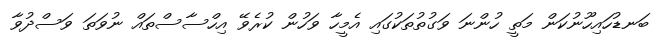
ބަނޑުހައިހޫނުކަން މަތީ ހުންނަ ވަގުތުތަކުގައި އެމީހާ ވަހުން ކުރެވޭ އިހްސާސްތައް ނުވަތަ ވަސްދުވާ